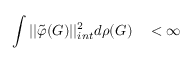
\int | | { \tilde { \varphi } } ( G ) | | _ { i n t } ^ { 2 } d \rho ( G ) \quad < \infty